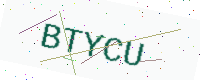
Text: BTYCU